Civil Veterinary Dept. Bombay admin report 1923-31 - 1923-1931
Year: 1923
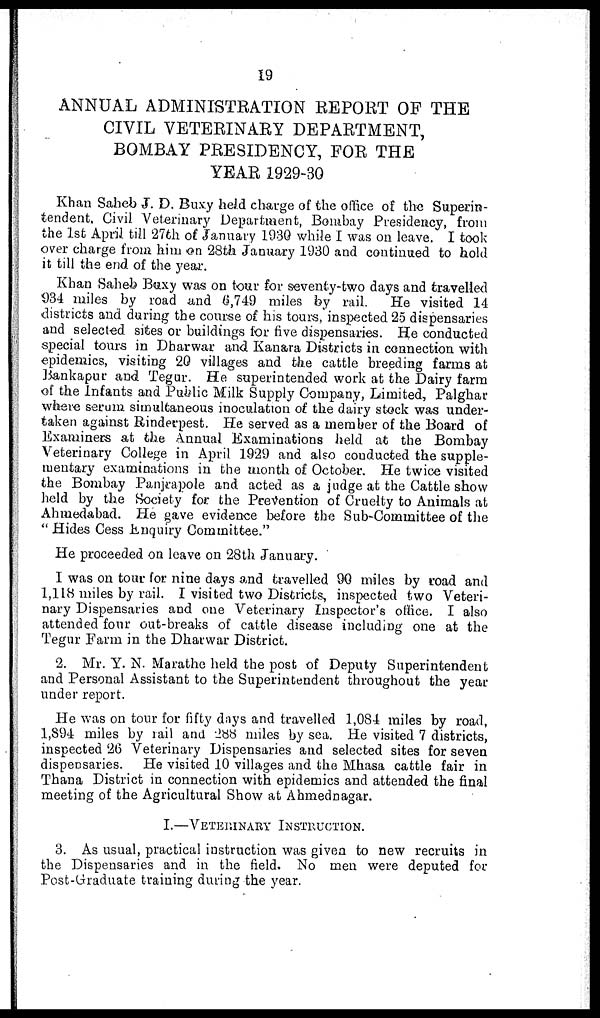
19
ANNUAL ADMINISTRATION REPORT OF THE
CIVIL VETERINARY DEPARTMENT,
BOMBAY PRESIDENCY, FOR THE
YEAR 1929-30
Khan Saheb J. D. Buxy held charge of the office of the Superin-
tendent, Civil Veterinary Department, Bombay Presidency, from
the 1st April till 27th of January 1930 while I was on leave. I took
over charge from him on 28th January 1930 and continued to hold
it till the end of the year.
Khan Saheb Buxy was on tour for seventy-two days and travelled
934 miles by road and 6,749 miles by rail. He visited 14
districts and during the course of his tours, inspected 25 dispensaries
and selected sites or buildings for five dispensaries. He conducted
special tours in Dharwar and Kanara Districts in connection with
epidemics, visiting 20 villages and the cattle breeding farms at
Bankapur and Tegur. He superintended work at the Dairy farm
of the Infants and Public Milk Supply Company, Limited, Palghar
where serum simultaneous inoculation of the dairy stock was under-
taken against Rinderpest. He served as a member of the Board of
Examiners at the Annual Examinations held at the Bombay
Veterinary College in April 1929 and also conducted the supple-
mentary examinations in the month of October. He twice visited
the Bombay Panjrapole and acted as a judge at the Cattle show
held by the Society for the Prevention of Cruelty to Animals at
Ahmedabad. He gave evidence before the Sub-Committee of the
"Hides Cess Enquiry Committee."
He proceeded on leave on 28th January.
I was on tour for nine days and travelled 90 miles by road and
1,118 miles by rail. I visited two Districts, inspected two Veteri-
nary Dispensaries and one Veterinary Inspector's office. I also
attended four out-breaks of cattle disease including one at the
Tegur Farm in the Dharwar District.
2. Mr. Y. N. Marathe held the post of Deputy Superintendent
and Personal Assistant to the Superintendent throughout the year
under report.
He was on tour for fifty days and travelled 1,084 miles by road,
1,894 miles by rail and 288 miles by sea. He visited 7 districts,
inspected 26 Veterinary Dispensaries and selected sites for seven
dispensaries. He visited 10 villages and the Mhasa cattle fair in
Thana District in connection with epidemics and attended the final
meeting of the Agricultural Show at Ahmednagar.
I.—VETEERINARY INSTRUCTION.
3. As usual, practical instruction was given to new recruits in
the Dispensaries and in the field. No men were deputed for
Post-Graduate training during the year.